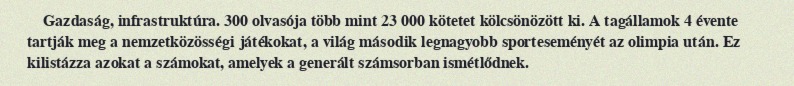
Gazdaság, infrastruktúra. 300 olvasója több mint 23 000 kötetet kölcsönözött ki. A tagállamok 4 évente tartják meg a nemzetközösségi játékokat, a világ második legnagyobb sporteseményét az olimpia után. Ez kilistázza azokat a számokat, amelyek a generált számsorban ismétlődnek.